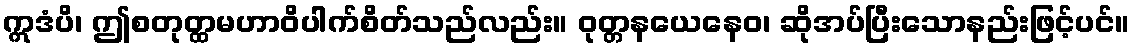
ဣဒံပိ၊ ဤစတုတ္ထမဟာဝိပါက်စိတ်သည်လည်း။ ဝုတ္တနယေနေဝ၊ ဆိုအပ်ပြီးသောနည်းဖြင့်ပင်။